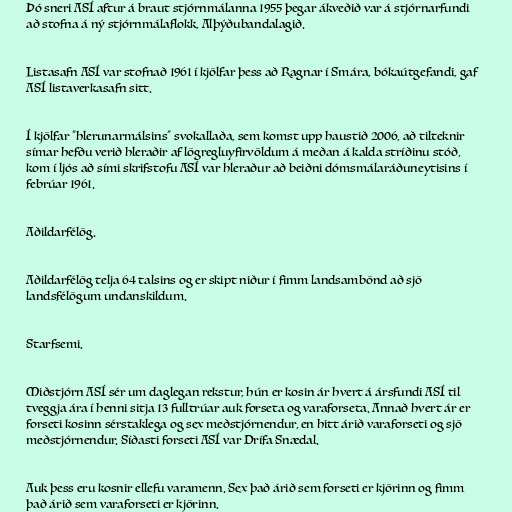
Þó sneri ASÍ aftur á braut stjórnmálanna 1955 þegar ákveðið var á stjórnarfundi
að stofna á ný stjórnmálaflokk, Alþýðubandalagið.

Listasafn ASÍ var stofnað 1961 í kjölfar þess að Ragnar í Smára, bókaútgefandi, gaf
ASÍ listaverkasafn sitt.

Í kjölfar "hlerunarmálsins" svokallaða, sem komst upp haustið 2006, að tilteknir
símar hefðu verið hleraðir af lögregluyfirvöldum á meðan á kalda stríðinu stóð,
kom í ljós að sími skrifstofu ASÍ var hleraður að beiðni dómsmálaráðuneytisins í
febrúar 1961.

Aðildarfélög.

Aðildarfélög telja 64 talsins og er skipt niður í fimm landsambönd að sjö
landsfélögum undanskildum.

Starfsemi.

Miðstjórn ASÍ sér um daglegan rekstur, hún er kosin ár hvert á ársfundi ASÍ til
tveggja ára í henni sitja 13 fulltrúar auk forseta og varaforseta. Annað hvert ár er
forseti kosinn sérstaklega og sex meðstjórnendur, en hitt árið varaforseti og sjö
meðstjórnendur. Síðasti forseti ASÍ var Drífa Snædal.

Auk þess eru kosnir ellefu varamenn. Sex það árið sem forseti er kjörinn og fimm
það árið sem varaforseti er kjörinn.